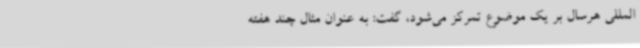
‌المللی هرسال بر یک موضوع تمرکز می‌شود، گفت: به عنوان مثال چند هفته